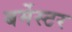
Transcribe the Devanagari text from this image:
बर्मेस्टर